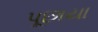
પૂછાયા